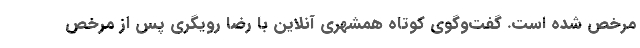
مرخص شده است. گفت‌وگوی کوتاه همشهری آنلاین با رضا رویگری پس از مرخص